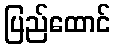
ပြည်ထောင်